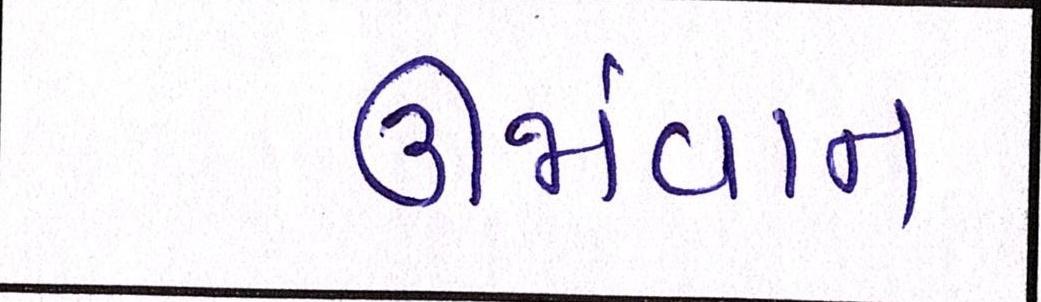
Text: ઊર્જાવાન